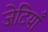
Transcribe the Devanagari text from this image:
जेटियाँ